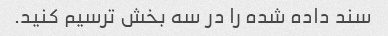
سند داده شده را در سه بخش ترسیم کنید.